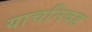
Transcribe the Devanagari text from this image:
याचनिवड